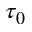
\tau _ { 0 }